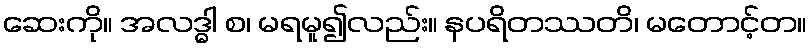
ဆေးကို။ အလဒ္ဓါ စ၊ မရမူ၍လည်း။ နပရိတဿတိ၊ မတောင့်တ။